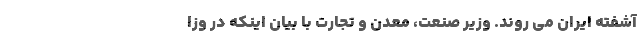
آشفته ایران می روند. وزیر صنعت، معدن و تجارت با بیان اینکه در وزا